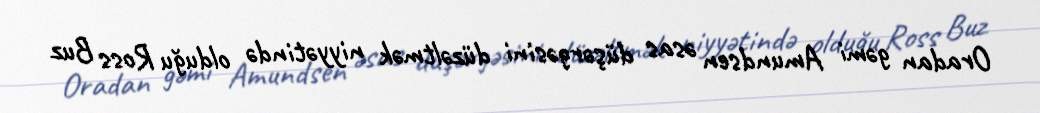
Oradan gəmi Amundsen əsas düşərgəsini düzəltmək niyyətində olduğu Ross Buz